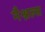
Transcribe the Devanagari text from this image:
नैश्नल्स